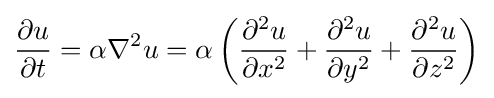
{\frac {\partial u}{\partial t}}=\alpha \nabla ^{2}u=\alpha \left({\frac {\partial ^{2}u}{\partial x^{2}}}+{\frac {\partial ^{2}u}{\partial y^{2}}}+{\frac {\partial ^{2}u}{\partial z^{2}}}\right)